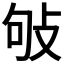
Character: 𢼒